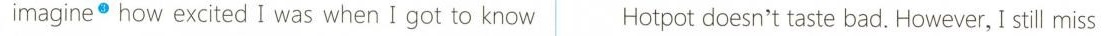
imagine how excited I was when I got to know Hotpot doesn't taste bad. However, I still miss